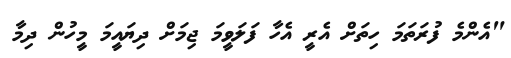
"އެންމެ ފުރަތަމަ ހިތަށް އެރީ އެހާ ފަލަވީމަ ޖިމަށް ދިޔައީމަ މީހުން ދިމާ